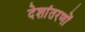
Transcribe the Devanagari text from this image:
देशांतरणों